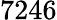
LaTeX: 7246